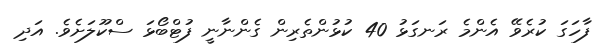
ފާހަގަ ކުރެވޭ އެންމެ ރަނގަޅު 40 ކުޅުންތެރިން ގެންނާނީ ފުޓްބޯޅަ ސްކޫލަށެވެ. އަދި